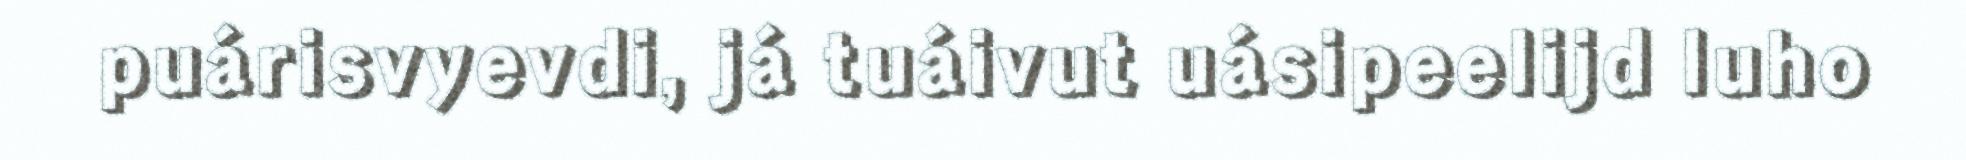
puárisvyevdi, já tuáivut uásipeelijd luho